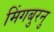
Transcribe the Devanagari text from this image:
मिंगबुरनु